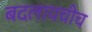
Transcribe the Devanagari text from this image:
बदलायचीच